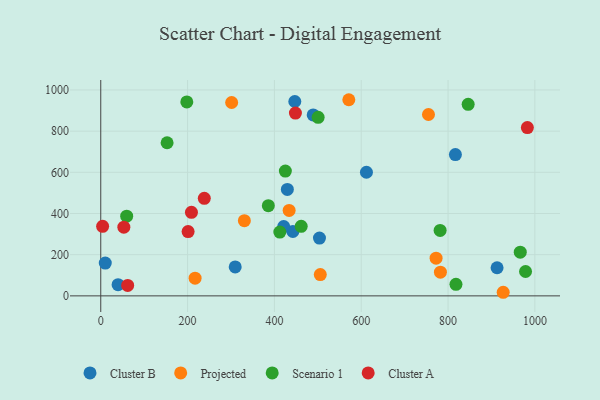
{"axis": {"x": "Speed", "y": "Salary"}, "legend": ["Cluster A", "Cluster B", "Projected", "Scenario 1"], "data": [{"x": "912.9", "y": 136.6, "type": "Cluster B"}, {"x": "442.5", "y": 312.9, "type": "Cluster B"}, {"x": "447.0", "y": 943.8, "type": "Cluster B"}, {"x": "421.4", "y": 336.4, "type": "Cluster B"}, {"x": "503.8", "y": 280.5, "type": "Cluster B"}, {"x": "309.7", "y": 140.5, "type": "Cluster B"}, {"x": "39.9", "y": 54.1, "type": "Cluster B"}, {"x": "10.4", "y": 159.0, "type": "Cluster B"}, {"x": "816.9", "y": 686.3, "type": "Cluster B"}, {"x": "489.3", "y": 878.5, "type": "Cluster B"}, {"x": "429.8", "y": 517.0, "type": "Cluster B"}, {"x": "612.0", "y": 600.2, "type": "Cluster B"}, {"x": "782.4", "y": 115.0, "type": "Projected"}, {"x": "772.4", "y": 183.1, "type": "Projected"}, {"x": "301.5", "y": 939.0, "type": "Projected"}, {"x": "505.7", "y": 103.5, "type": "Projected"}, {"x": "754.9", "y": 880.7, "type": "Projected"}, {"x": "330.8", "y": 364.9, "type": "Projected"}, {"x": "927.0", "y": 17.4, "type": "Projected"}, {"x": "571.4", "y": 952.5, "type": "Projected"}, {"x": "433.9", "y": 414.7, "type": "Projected"}, {"x": "217.3", "y": 86.1, "type": "Projected"}, {"x": "846.3", "y": 930.2, "type": "Scenario 1"}, {"x": "425.2", "y": 606.0, "type": "Scenario 1"}, {"x": "500.7", "y": 866.8, "type": "Scenario 1"}, {"x": "818.2", "y": 56.1, "type": "Scenario 1"}, {"x": "412.5", "y": 309.6, "type": "Scenario 1"}, {"x": "461.7", "y": 337.7, "type": "Scenario 1"}, {"x": "59.7", "y": 387.2, "type": "Scenario 1"}, {"x": "152.8", "y": 743.6, "type": "Scenario 1"}, {"x": "386.0", "y": 438.1, "type": "Scenario 1"}, {"x": "198.2", "y": 941.8, "type": "Scenario 1"}, {"x": "978.5", "y": 118.4, "type": "Scenario 1"}, {"x": "781.7", "y": 317.8, "type": "Scenario 1"}, {"x": "966.3", "y": 212.0, "type": "Scenario 1"}, {"x": "238.5", "y": 473.9, "type": "Cluster A"}, {"x": "4.3", "y": 337.7, "type": "Cluster A"}, {"x": "982.7", "y": 817.4, "type": "Cluster A"}, {"x": "62.0", "y": 50.8, "type": "Cluster A"}, {"x": "53.2", "y": 333.4, "type": "Cluster A"}, {"x": "448.4", "y": 887.7, "type": "Cluster A"}, {"x": "201.2", "y": 312.3, "type": "Cluster A"}, {"x": "208.9", "y": 405.9, "type": "Cluster A"}]}